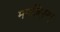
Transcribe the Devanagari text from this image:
ममल्लिपुरम्